Vaccine operations Central Provinces 1900-1911 - 1900-1911
Year: 1900
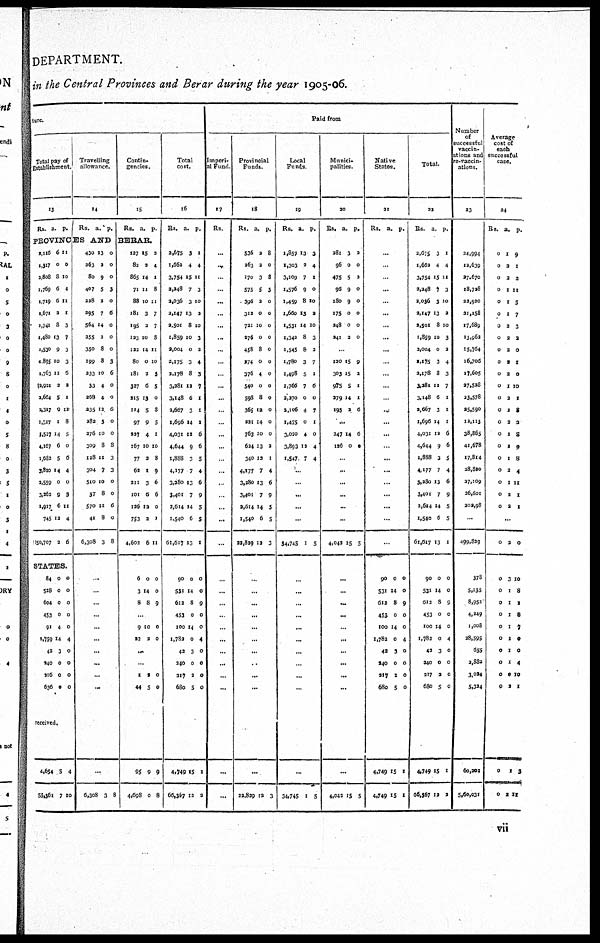
DEPARTMENT.
in the Central Provinces and Berar during the year 1905-06.
tore.
Total pay of
Establishment.
13
Rs.
a. p.
Travelling
allowance.
14
Rs. a. p.
Contin-
gencies.
15
Rs. a. p.
PROVINCES AND
BERAR.
2,116
1,317
1,808
1,769
1,719
1,671
1,741
1,480
1,530
1,895
1,763
2,911
2,664
2,317
1,317
1,527
4,167
1,682
3,810
2,559
3,262
1,917
745
50,707
6
0
8
6
6
2
8
13
9
10
11
2
5
0
1
14
6
5
14
0
9
6
12
2
11
0
10
4
11
1
3
7
3
3
6
2
1
10
8
5
0
6
4
0
3
11
4
6
STATES.
84
528
604
453
91
1,759
42
240
216
636
0
0
0
0
4
14
3
0
0
0
0
0
0
0
0
4
0
0
0
0
received.
4,654
55,361
5
7
4
10
430
263
80
407
228
295
564
255
350
199
233
33
268
235
282
276
309
128
304
510
37
570
41
6,308
13
2
9
5
3
7
14
2
8
8
10
4
4
12
3
10
8
11
7
10
8
11
8
3
0
0
0
3
0
6
0
0
0
3
6
0
0
6
0
0
8
3
3
0
0
6
0
8
...
...
...
...
...
...
...
...
...
...
...
6,308 3 8
127
82
865
71
88
181
195
123
122
80
181
327
215
114
97
227
167
77
62
211
101
126
753
4,602
6
3
8
15
2
14
11
10
3
2
10
14
0
2
6
13
5
9
4
10
2
1
3
6
12
3
6
0
14
8
2
4
1
8
11
7
7
8
11
10
3
5
0
8
5
1
10
8
9
6
6
0
1
11
0
0
9
...
9
23
10
2
0
0
...
...
1
44
95
4,698
2
5
9
0
0
0
9
8
Total
cost.
16
Rs.
3,675
1,662
3,754
2,248
2,036
2,147
2,501
1,859
2,004
2,175
3,178
3,281
3,148
2,667
1,696
4,031
4,644
1,888
4,177
3,280
3,401
2,614
1,540
61,617
90
531
612
453
100
1,782
42
240
217
680
4,749
66,367
a.
3
4
15
7
3
13
8
10
0
3
8
12
6
3
14
12
9
3
7
13
7
14
6
13
0
14
8
0
14
0
3
0
2
5
15
12
p.
1
4
11
3
10
2
10
3
2
4
3
7
1
1
1
6
6
5
4
6
9
5
5
1
0
0
9
0
0
4
0
0
0
0
1
2
Paid from
Imperi-
al Fund.
17
Rs.
...
...
...
...
...
...
...
...
...
...
...
...
...
...
...
...
...
...
...
...
...
...
...
...
...
...
...
...
...
...
...
...
...
...
...
...
Provincial
Funds.
18
Rs.
536
263
170
575
396
312
721
276
458
274
376
540
598
365
221
763
624
340
4,177
3,280
3,401
3,614
1,540
22,829
a.
2
2
3
5
2
0
10
0
8
0
4
0
8
12
14
10
13
12
7
13
7
14
6
12
p.
8
0
8
3
0
0
0
0
0
0
0
0
0
0
0
0
2
1
4
6
9
5
5
3
...
...
...
...
...
...
...
...
...
...
...
22,829 12 3
Local
Funds.
19
Rs.
1,857
1,303
3,109
1,576
1,459
1,660
1,531
1,342
1,545
1,780
1,498
1,766
2,270
2,106
1,475
3,020
3,893
1,547
a.
13
2
7
9
8
10
14
8
8
3
5
7
0
4
0
4
12
7
p.
3
4
1
0
10
2
10
3
2
7
1
6
0
7
1
0
4
4
...
...
...
...
...
34,745 1 5
...
...
..
...
...
...
...
...
...
...
...
34,745 1 5
Munici-
palities.
20
Rs.
281
96
475
96
180
175
248
241
a.
3
0
5
9
9
0
0
2
p.
2
0
2
0
0
0
0
0
...
120
303
975
279
195
15
15
5
14
2
9
2
1
1
6
...
247
126
14
0
6
0
...
...
...
...
...
...
4,042 15 5
...
...
...
...
...
...
...
...
...
...
...
4,042 15 5
Native
States.
21
Rs. a. p.
...
...
...
...
...
...
...
...
...
...
...
...
...
...
...
...
...
...
...
...
...
...
...
...
90
531
612
453
100
1,782
42
240
217
680
4,749
4,749
0
14
8
0
14
0
3
0
2
5
15
15
0
0
9
0
0
4
0
0
0
0
1
1
Total.
22
Rs
3,675
1,662
3,754
2,248
2,056
2,147
2,001
1,859
3,004
2,175
2,178
3,281
3,148
2,667
1,696
4,031
4,644
1,888
4,177
3,280
3,401
3,614
1,540
61,617
90
531
612
453
100
1,782
43
240
217
680
4,749
66,567
a.
3
4
15
7
3
13
8
10
0
3
8
12
6
3
14
12
9
3
7
13
7
14
6
13
0
14
8
0
14
0
3
0
2
5
15
12
p.
1
4
11
3
10
2
10
3
3
4
3
7
1
1
1
6
6
5
4
6
9
5
5
1
0
0
9
0
0
4
0
0
0
0
1
3
Number
of
successful
vaccin-
ations and
re-vaccin-
ations.
23
24,994
12,639
27,670
18,728
22,920
21,158
17,689
13,962
15,764
16,706
17,605
27,528
23,578
25,590
12,115
38,865
41,678
17,814
28,800
27,109
26,601
202,98
...
499,829
378
5,135
8,953
4,249
1,008
28,595
655
2,882
3,024
5,324
60,202
5,60,031
Average
cost of
each
successful
case.
24
Rs.
0
0
0
0
0
0
0
0
0
0
0
0
0
0
0
0
0
0
0
0
0
0
a.
1
2
2
1
1
1
2
2
2
2
2
1
2
1
2
1
1
1
2
1
2
2
p.
9
1
2
11
5
7
3
2
0
1
0
10
1
2
3
0
9
8
4
11
1
1
...
0
0
0
0
0
0
0
0
0
0
0
0
0
2
3
1
1
1
1
1
1
1
0
2
1
1
0
10
8
1
8
7
0
0
4
10
1
3
11
vii